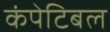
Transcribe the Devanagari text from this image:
कंपेटिबल